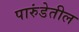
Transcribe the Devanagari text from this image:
पारुंडेतील